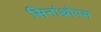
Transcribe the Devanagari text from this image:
सिनांथ्रोपस